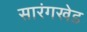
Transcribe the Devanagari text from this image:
सारंगखेड